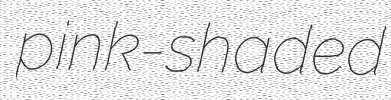
pink-shaded